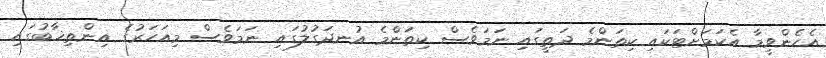
އެހެންވީމާ އެކަމަށްޓަކައި ކިތަންމެ ދަތީގައި ނަމަވެސް ކިތަންމެ އުނދަގުލުގައި ނަމަވެސް މިއަހަރުގެ އިންތިޚާބުގައި